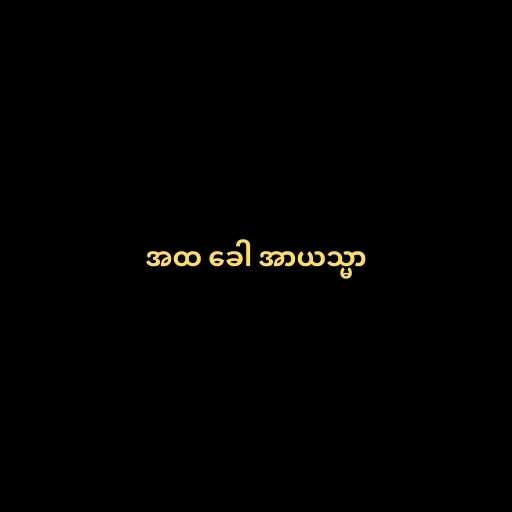
အထ ခေါ အာယသ္မာ